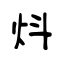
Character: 炓